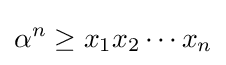
\alpha ^{n}\geq x_{1}x_{2}\cdots x_{n}